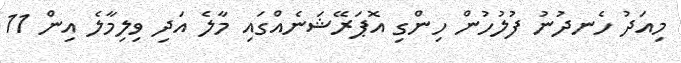
މިއަދު ހެނދުނު ފުލުހުން ހިންގި އޮޕަރޭޝަނެއްގައި މާލެ އަދި ވިލިމާލެ އިން 11